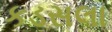
કડસલા